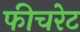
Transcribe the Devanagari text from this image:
फीचरेट